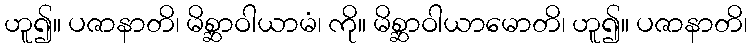
ဟူ၍။ ပဇာနာတိ၊ မိစ္ဆာဝါယာမံ၊ ကို။ မိစ္ဆာဝါယာမောတိ၊ ဟူ၍။ ပဇာနာတိ၊